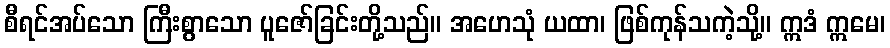
စီရင်အပ်သော ကြီးစွာသော ပူဇော်ခြင်းတို့သည်။ အဟေသုံ ယထာ၊ ဖြစ်ကုန်သကဲ့သို့။ ဣဒံ ဣမေ၊